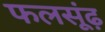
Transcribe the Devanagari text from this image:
फलसूंढ़